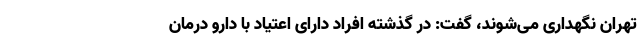
تهران نگهداری می‌شوند، گفت: در گذشته افراد دارای اعتیاد با دارو درمان